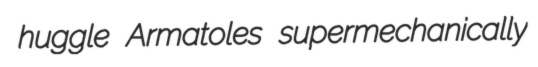
huggle Armatoles supermechanically